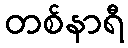
တစ်နာရီ